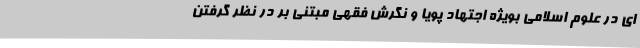
ای در علوم اسلامی بویژه اجتهاد پویا و نگرش فقهی مبتنی بر در نظر گرفتن